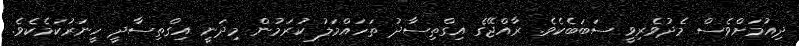
ދިއުމަށްވެސް މެދުވެރިވީ ސަބަބެކެވެ. ރާއްޖޭގެ އިގްތިސާދު ތަހައްމަލު ކުރަމުން މިދަނީ އިގްތިސާދީ ހީނަރުކަމެކެވެ.